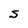
Character: S